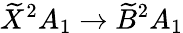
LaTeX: \widetilde{X}^{2}A_{1}\rightarrow\widetilde{B}^{2}A_{1}